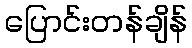
ပြောင်းတန်ချိန်